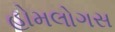
હોમલોગસ